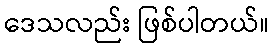
ဒေသလည်း ဖြစ်ပါတယ်။